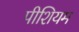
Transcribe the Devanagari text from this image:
पीशियम